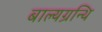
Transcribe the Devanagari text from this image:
बाल्यग्रन्थि